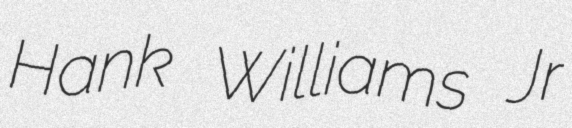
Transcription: Hank Williams Jr